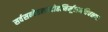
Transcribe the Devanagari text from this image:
सर्वसन्देहसन्दोहनिर्मूलनविचक्षणः